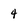
Character: 4